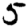
Digit: 5